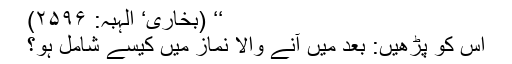
‘‘ (بخاری‘ الہبہ: ۲۵۹۶)
اس کو پڑھیں: بعد میں آنے والا نماز میں کیسے شامل ہو؟